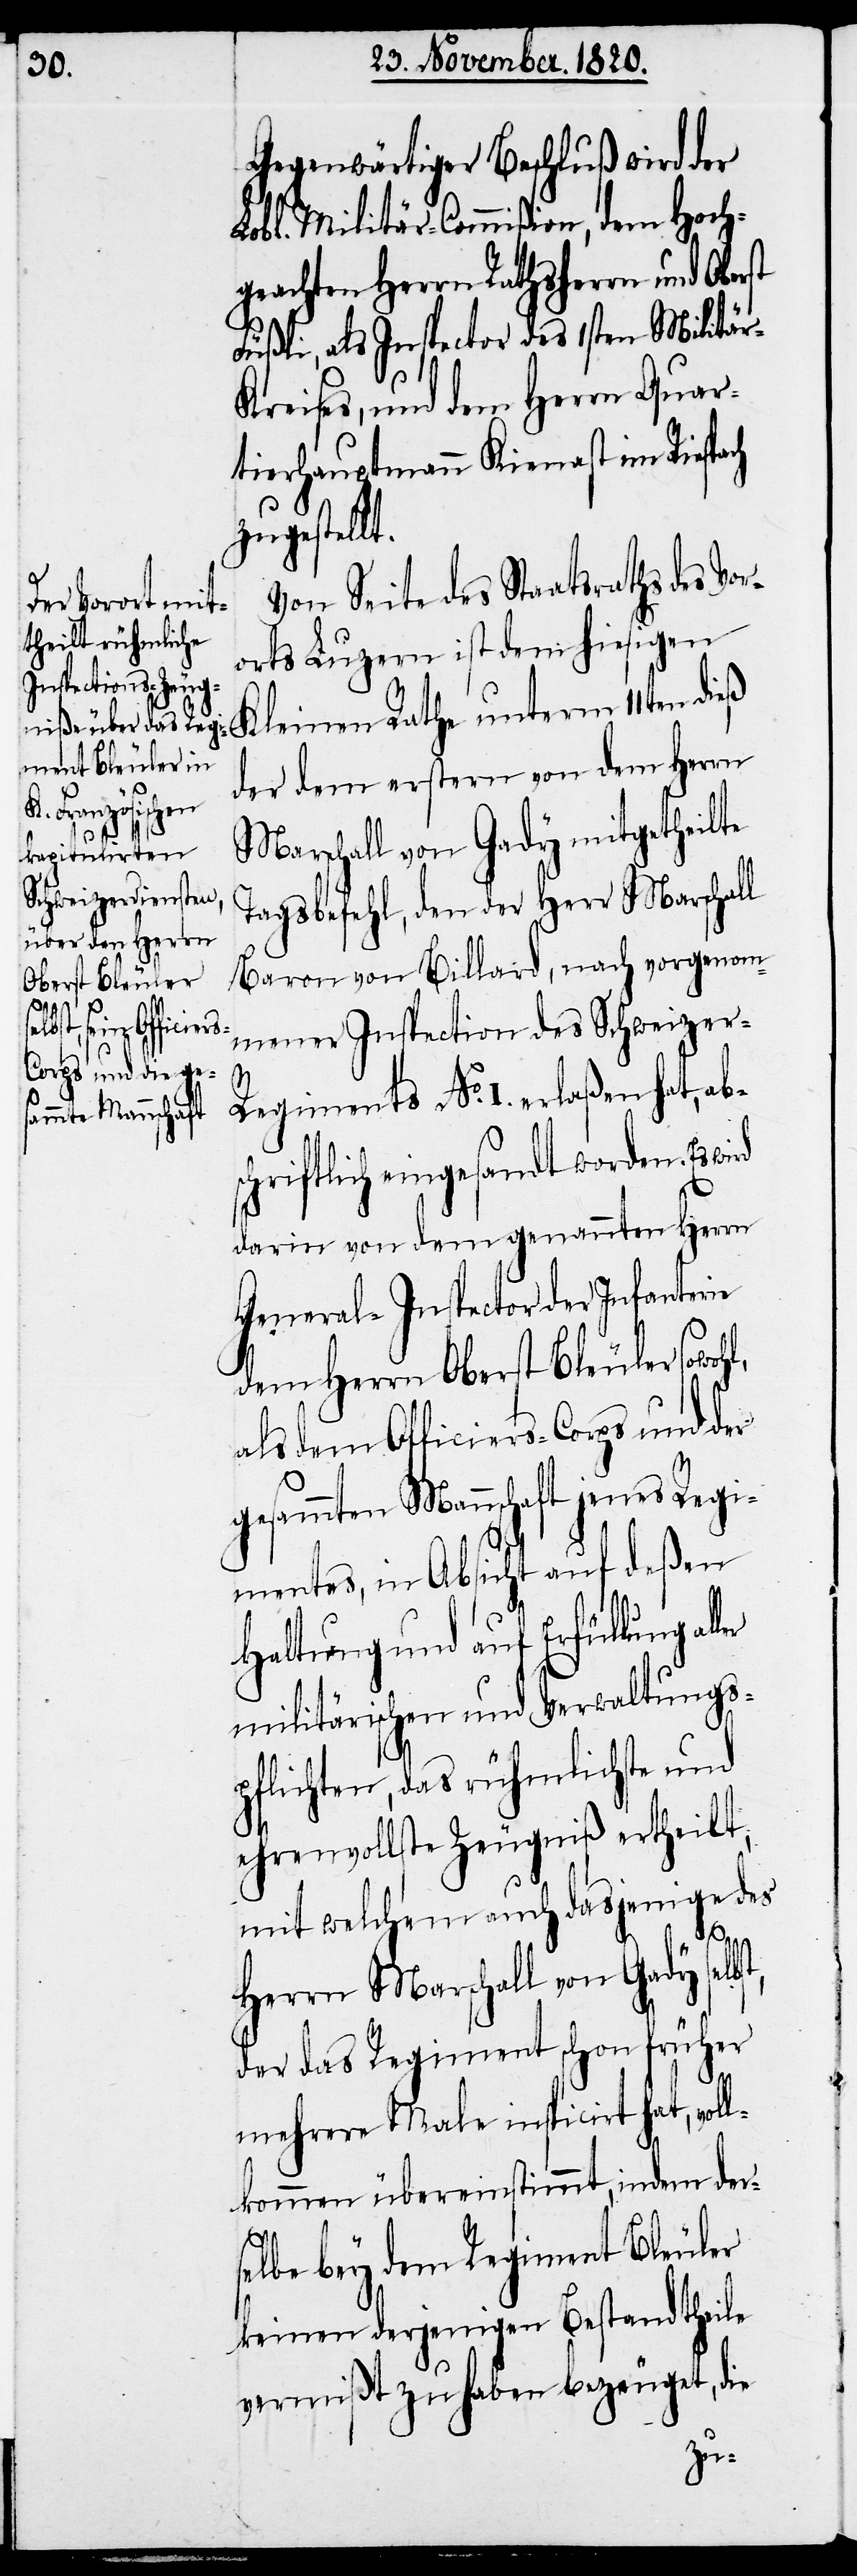
Gegenwärtiger Beschluß wird der
Lobl. Militär-Commißion, dem Hoch¬
geachten Herrn Rathsherrn und Ober¬
Füßli, als Inspector des 1sten Militär-K¬
reises, und dem Herrn Quar¬
tierhauptmann Kienast im Riespa¬
zugestellt.
Von Seite des Staatsraths des Vor¬
orts Luzern ist dem hiesigen
Kleinen Rathe unterm 11ten dieß
der dem erstern von dem Herrn
Marschall von Gady mitgetheilte
Tagsbefehl, den der Herr Marschall
Baron von Billard, nach vorgenom¬
mener Inspection des Schweizer-R¬
st,
egiments No. I. erlaßen hat, abs¬
chriftlich eingesandt worden. Es
darin von dem genannten Herrn
General-Inspector der Infanterie
dem Herrn Oberst Bleuler sowoh¬
als dem Officiers-Corps und der
Mannschaft jenes Regi¬
mentes, in Absicht auf deßen
Haltung und auf Erfüllung al¬
militärischen und Verwaltungs¬
pflichten, das rühmlichste und
ehrenvollste Zeugniß ertheilt,
mit welchem auch dasjenige des
Herrn Marschall von Gady selb¬
der das Regiment schon früher
mehrere Male inspicirt hat, vol¬
lkommen übereinstimmt, indem der¬
selbe bey dem Regiment Bleuler
keinen derjenigen Bestandtheile
vermißt zu haben bezeuget, die